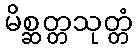
မိစ္ဆတ္တသုတ္တံ